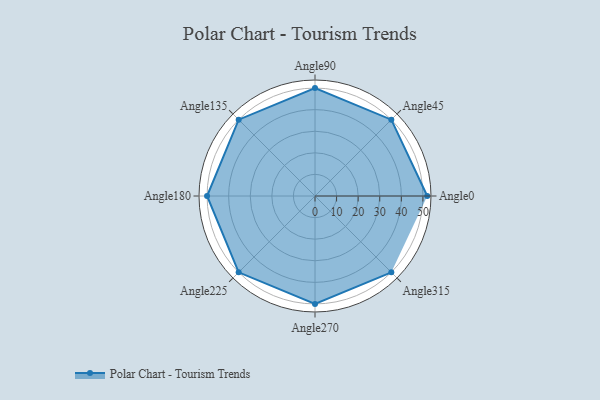
{"axis": {"x": "Angle", "y": "Radius"}, "legend": [""], "data": [{"x": "Angle0", "y": 52.0, "type": ""}, {"x": "Angle45", "y": 50, "type": ""}, {"x": "Angle90", "y": 50, "type": ""}, {"x": "Angle135", "y": 50.0, "type": ""}, {"x": "Angle180", "y": 50, "type": ""}, {"x": "Angle225", "y": 50, "type": ""}, {"x": "Angle270", "y": 50, "type": ""}, {"x": "Angle315", "y": 50, "type": ""}]}